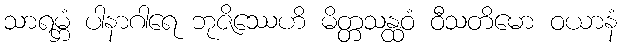
သာရမ္ဘံ ပါနာဂါရေ ဘုဇိဿေဟိ မိတ္တသန္ထဝံ ဝီသတိမော ဝယာနံ